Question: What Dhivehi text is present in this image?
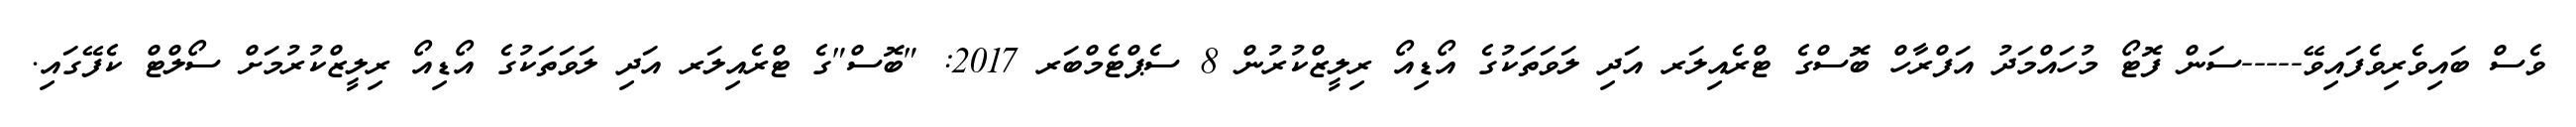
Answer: ވެސް ބައިވެރިވެފައިވޭ-----ސަން ފޮޓޯ މުހައްމަދު އަފްރާހް ބޮސްގެ ޓްރެއިލަރ އަދި ލަވަތަކުގެ އޯޑިއޯ ރިލީޒްކުރުން 8 ސެޕްޓެމްބަރ 2017: "ބޮސް"ގެ ޓްރެއިލަރ އަދި ލަވަތަކުގެ އޯޑިއޯ ރިލީޒްކުރުމަށް ސޯލްޓް ކެފޭގައި.